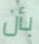
بأن